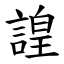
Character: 諻